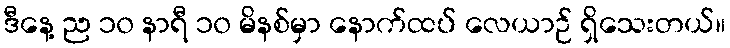
ဒီနေ့ ည ၁၀ နာရီ ၁၀ မိနစ်မှာ နောက်ထပ် လေယာဉ် ရှိသေးတယ်။